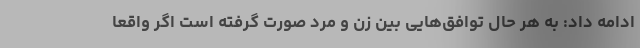
ادامه داد: به هر حال توافق‌هایی بین زن و مرد صورت گرفته است اگر واقعا